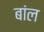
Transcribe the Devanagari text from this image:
बांल